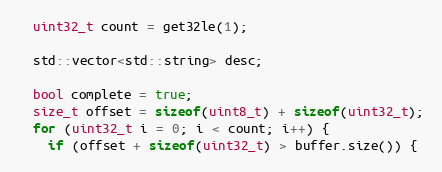
Language: C++
  uint32_t count = get32le(1);

  std::vector<std::string> desc;

  bool complete = true;
  size_t offset = sizeof(uint8_t) + sizeof(uint32_t);
  for (uint32_t i = 0; i < count; i++) {
    if (offset + sizeof(uint32_t) > buffer.size()) {